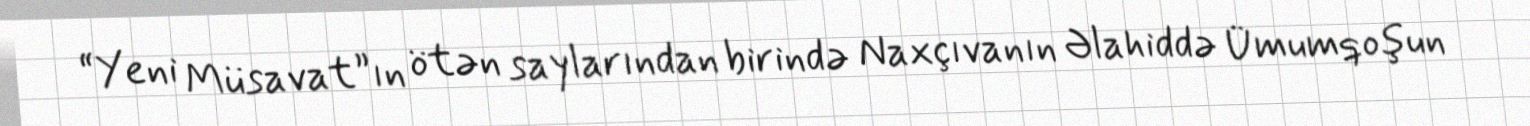
“Yeni Müsavat”ın ötən saylarından birində Naxçıvanın Əlahiddə Ümumqoşun